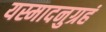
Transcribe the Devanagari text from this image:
यस्मादनुग्रहं